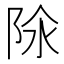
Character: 𨹉